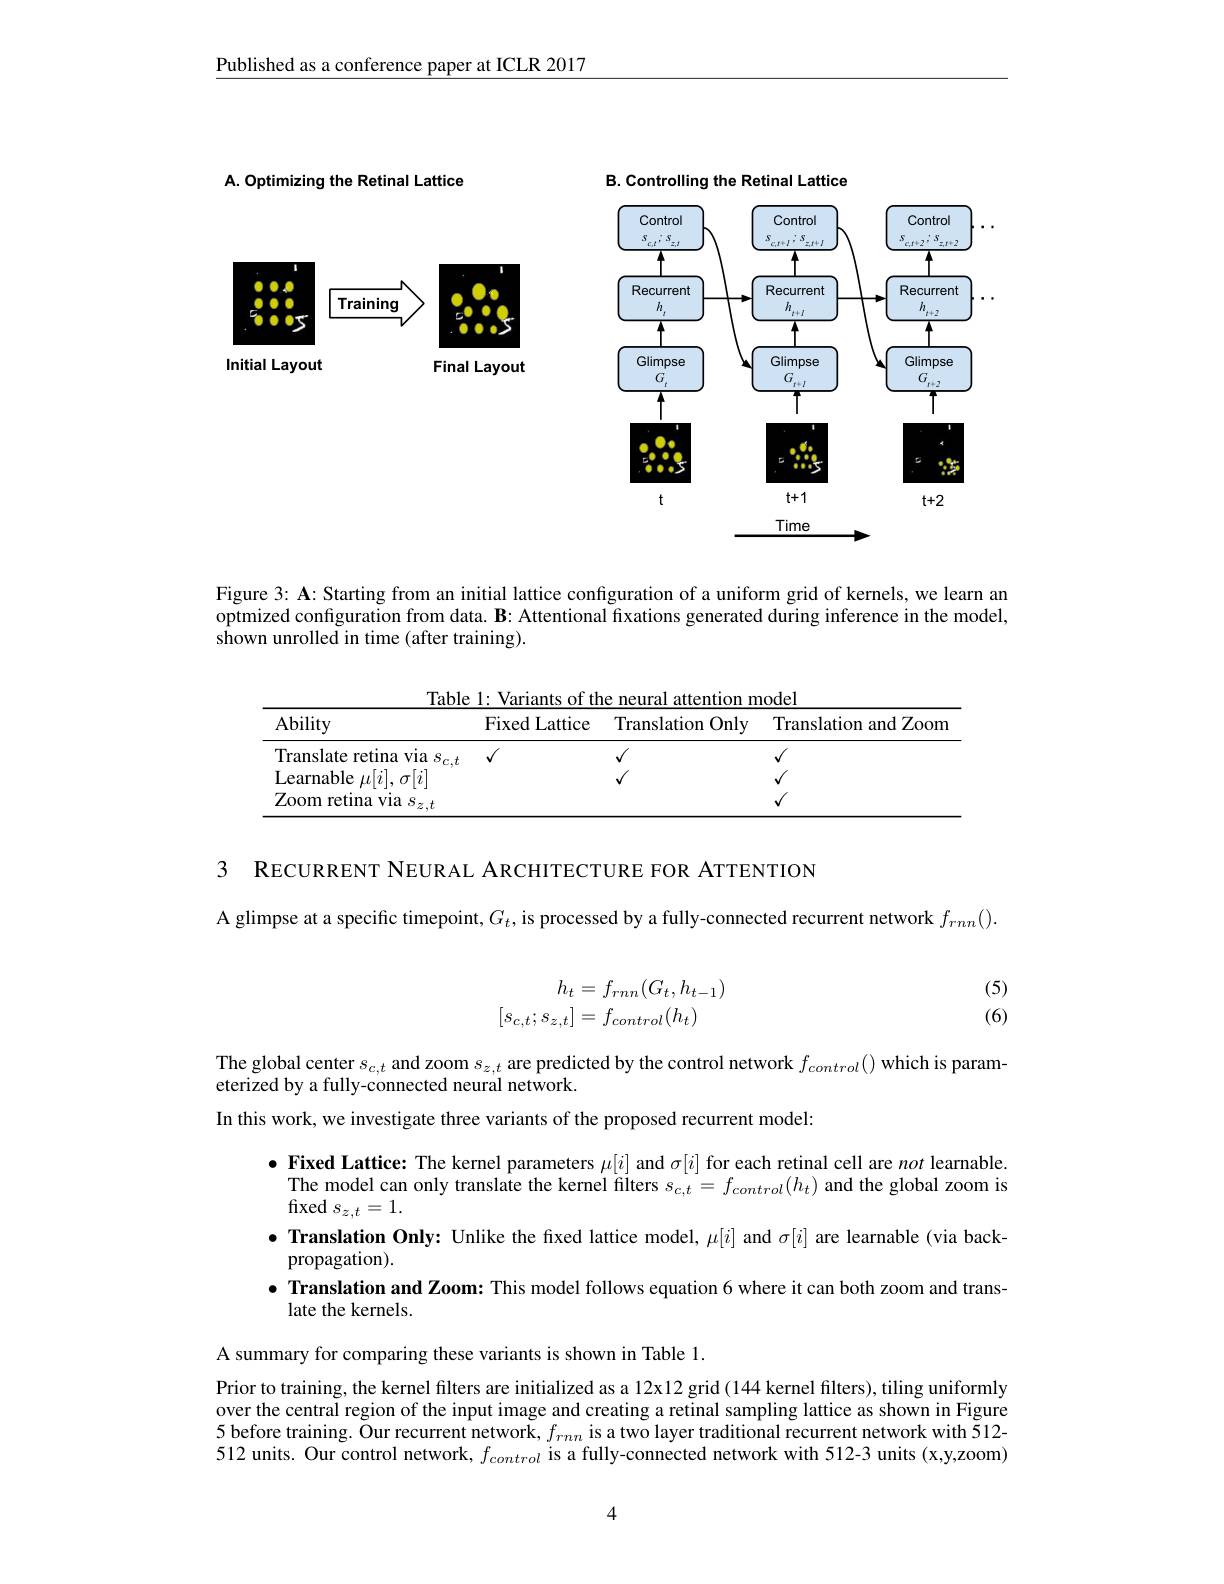
Published as a conference paper at ICLR 2017

B. Controlling the Retinal Lattice
<FigureHere>

A. Optimizing the Retinal Lattice

<FigureHere>
Initial Layout
Final Layout

Figure 3: A: Starting from an initial lattice configuration of a uniform grid of kernels, we learn an optmized configuration from data. B: Attentional fixations generated during inference in the model, shown unrolled in time (after training).

Table 1: Variants of the neural attention model
<table>
	<tbody>
		<tr>
			<th>Ability</th>
			<th>Fixed Lattice</th>
			<th>Translation $1Only$</th>
			<th>Translation and Zoom</th>
		</tr>
		<tr>
			<td>Translate retina via $s_{c,t}$</td>
			<td>$√$</td>
			<td>$√$</td>
			<td> </td>
		</tr>
		<tr>
			<td>Learnable $||\eta|$ n</td>
			<td> </td>
			<td> </td>
			<td> </td>
		</tr>
		<tr>
			<td>Zoom retina via $ı$ $S_{z, t}$</td>
			<td> </td>
			<td> </td>
			<td> </td>
		</tr>
	</tbody>
</table>

3 RECURRENT NEURAL ARCHITECTURE FOR ATTENTION

A glimpse at a specific timepoint, $G_t$, is processed by a fully-connected recurrent network $f_rnn().$

(5) (6)
$$\begin{aligned}h_t&=f_{rnn}(G_t,h_{t-1})\\[s_{c,t};s_{z,t}]&=f_{control}(h_t)\end{aligned}$$
The global center $s_{c,t}$ and zoom $s_{z,t}$ are predicted by the control network $f_control()$ which is param-
eterized by a fully-connected neural network.
In this work, we investigate three variants of the proposed recurrent model:

$\bullet$ Fixed Lattice: The kernel parameters $\mu[i]$ and $\sigma[i]$ for each retinal cell are not learnable.
The model can only translate the kernel filters $s_{c,t}=f_{control}(h_{t})$ and the global zoom is
${\mathrm{fixed}}s_{z,t}=1.$
$\bullet$ Translation Only: Unlike the fxed lattice model, $\mu[i]$ and $\sigma[i]$ are learnable (via back-
propagation).
$\bullet$ Translation and Zoom: This model follows equation 6 where it can both zoom and trans-
late the kernels.

A summary for comparing these variants is shown in Table 1.
Prior to training, the kernel filters are initialized as a 12x 12 grid (144 kernel filters), tiling uniformly over the central region of the input image and creating a retinal sampling lattice as shown in Figure 5 before training. Õur recurrent network, $f_{rnn}$ is a two layer traditional recurrent network with $\tilde{5}$12- 512 units. Our control network, $f_control$ is a fully-connected network with 512-3 units (x,y,zoom)

4